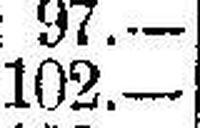
102.—